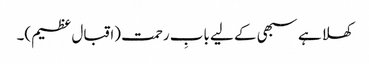
کھلا ہے سبھی کے لیے بابِ رحمت (اقبال عظیم)۔